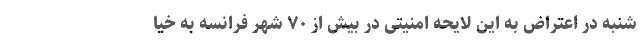
شنبه در اعتراض به این لایحه امنیتی در بیش از ۷۰ شهر فرانسه به خیا